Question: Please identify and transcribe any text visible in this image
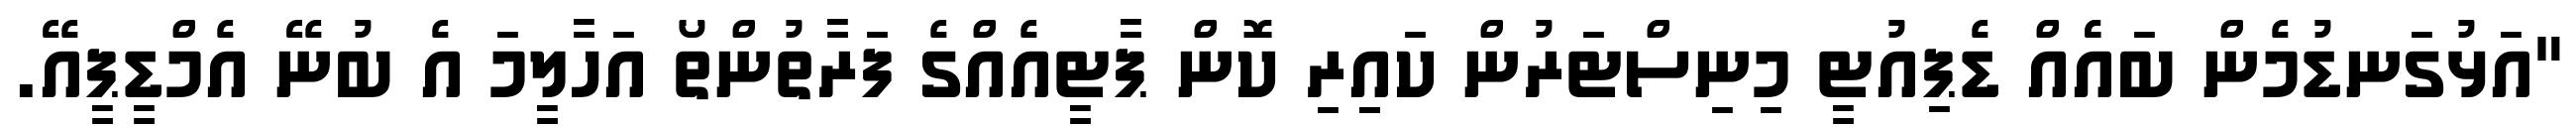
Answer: "އަޅުގަނޑުމެން ބައެެއް ޑެޕިއުޓީ މިނިސްޓަރުން ކައިިރި ކޮން ޕާޓީއެއްގެ ފަރާތުންތޯ އަހާލީމަ އެ ބުނޭ އެމްޑީޕީއޭ.